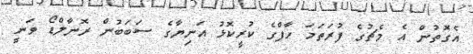
އެގޮތުން އެ މެޗުގެ ފުރަތަމަ ހާފްގެ ކުރީކޮޅު އަނިޔާގެ ސަބަބުން ރޮނާލްޑޯ ވަނީ